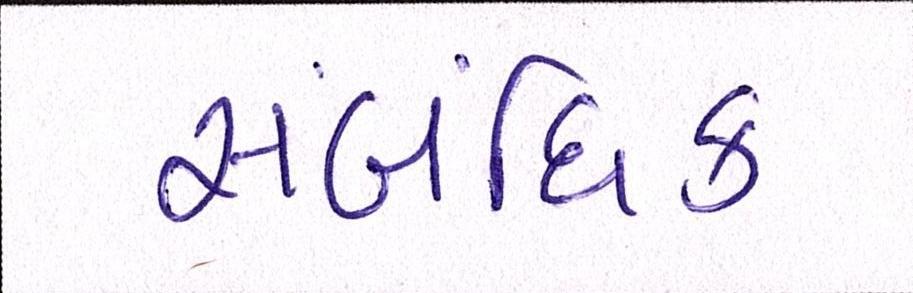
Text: સંબંધિક